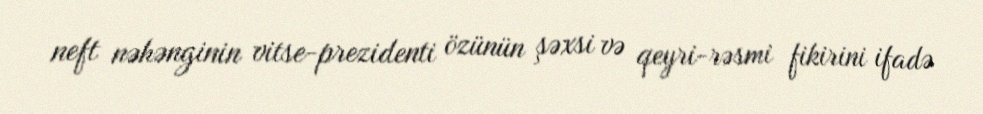
neft nəhənginin vitse-prezidenti özünün şəxsi və qeyri-rəsmi fikirini ifadə